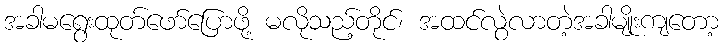
အခါမရွေးထုတ်ဖော်ပြောဖို့ မလိုသည့်တိုင်၊ အထင်လွဲလာတဲ့အခါမျိုးကျတော့